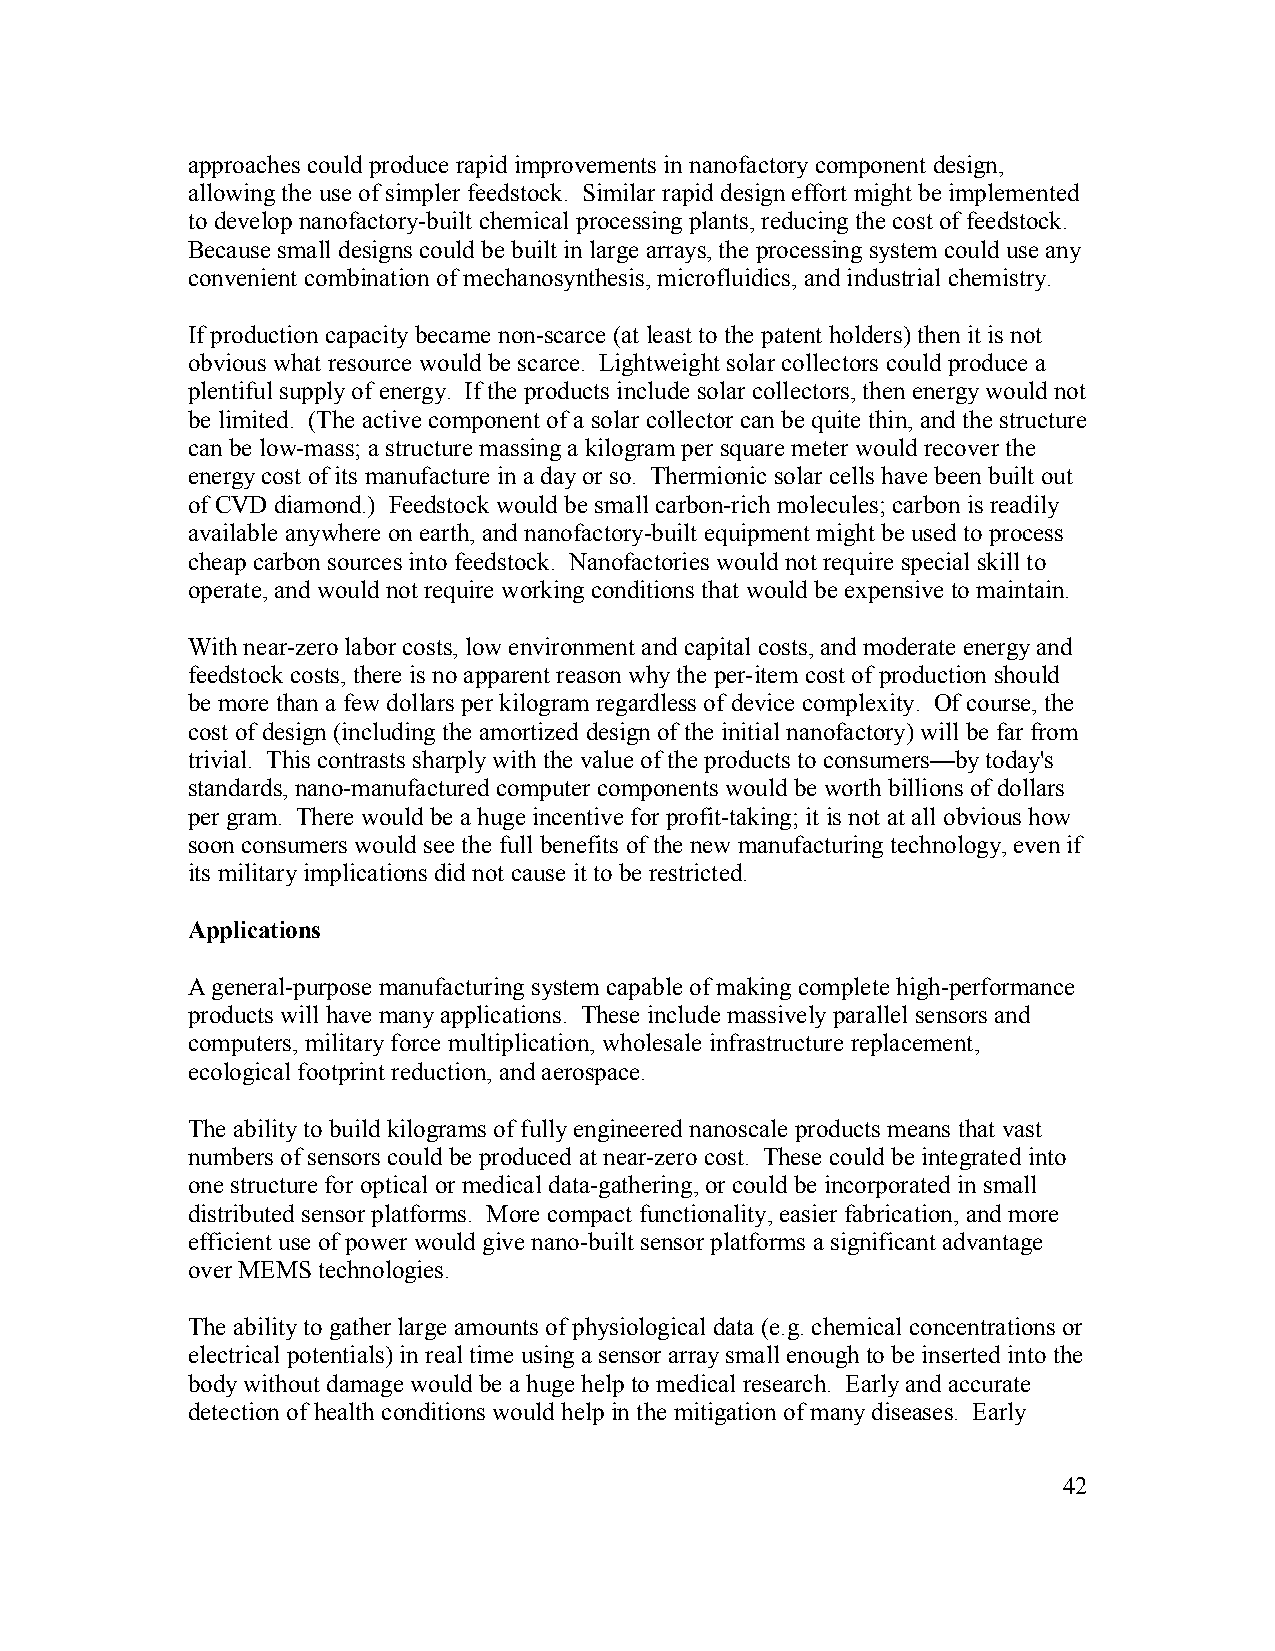
approaches could produce rapid improvements in nanofactory component design,
 allowing the use of simpler feedstock. Similar rapid design effort might be implemented
 to develop nanofactory-built chemical processing plants, reducing the cost of feedstock.
 Because small designs could be built in large arrays, the processing system could use any
 convenient combination of mechanosynthesis, microfluidics, and industrial chemistry.
 If production capacity became non-scarce (at least to the patent holders) then it is not
 obvious what resource would be scarce. Lightweight solar collectors could produce a
 plentiful supply of energy. If the products include solar collectors, then energy would not
 be limited. (The active component of a solar collector can be quite thin, and the structure
 can be low-mass; a structure massing a kilogram per square meter would recover the
 energy cost of its manufacture in a day or so. Thermionic solar cells have been built out
 of CVD diamond.) Feedstock would be small carbon-rich molecules; carbon is readily
 available anywhere on earth, and nanofactory-built equipment might be used to process
 cheap carbon sources into feedstock. Nanofactories would not require special skill to
 operate, and would not require working conditions that would be expensive to maintain.
 With near-zero labor costs, low environment and capital costs, and moderate energy and
 feedstock costs, there is no apparent reason why the per-item cost of production should
 be more than a few dollars per kilogram regardless of device complexity. Of course, the
 cost of design (including the amortized design of the initial nanofactory) will be far from
 trivial. This contrasts sharply with the value of the products to consumers—by today's
 standards, nano-manufactured computer components would be worth billions of dollars
 per gram. There would be a huge incentive for profit-taking; it is not at all obvious how
 soon consumers would see the full benefits of the new manufacturing technology, even if
 its military implications did not cause it to be restricted.
 Applications
 A general-purpose manufacturing system capable of making complete high-performance
 products will have many applications. These include massively parallel sensors and
 computers, military force multiplication, wholesale infrastructure replacement,
 ecological footprint reduction, and aerospace.
 The ability to build kilograms of fully engineered nanoscale products means that vast
 numbers of sensors could be produced at near-zero cost. These could be integrated into
 one structure for optical or medical data-gathering, or could be incorporated in small
 distributed sensor platforms. More compact functionality, easier fabrication, and more
 efficient use of power would give nano-built sensor platforms a significant advantage
 over MEMS technologies.
 The ability to gather large amounts of physiological data (e.g. chemical concentrations or
 electrical potentials) in real time using a sensor array small enough to be inserted into the
 body without damage would be a huge help to medical research. Early and accurate
 detection of health conditions would help in the mitigation of many diseases. Early
 42